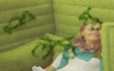
মূলস্তম্ভ